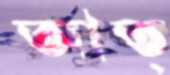
আত্